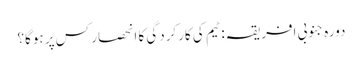
دورہ جنوبی افریقہ: ٹیم کی کارکردگی کا انحصار کس پر ہوگا؟